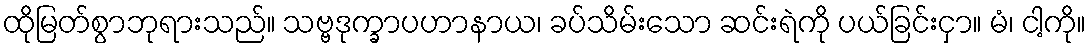
ထိုမြတ်စွာဘုရားသည်။ သဗ္ဗဒုက္ခာပဟာနာယ၊ ခပ်သိမ်းသော ဆင်းရဲကို ပယ်ခြင်းငှာ။ မံ၊ ငါ့ကို။